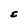
Character: E